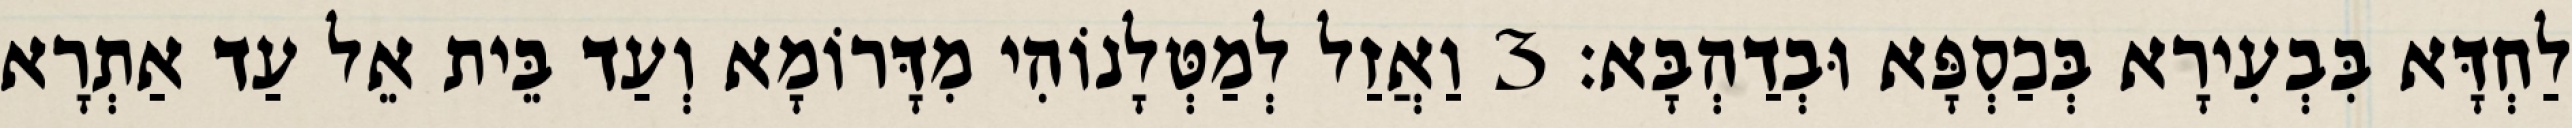
לַחְדָּא בִּבְעִירָא בְּכַסְפָּא וּבְדַהְבָּא׃ 3 וַאֲזַל לְמַטְּלָנוֹהִי מִדָּרוֹמָא וְעַד בֵּית אֵל עַד אַתְרָא